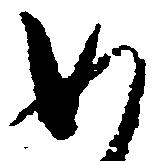
如